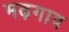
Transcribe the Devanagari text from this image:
मढ़गाव